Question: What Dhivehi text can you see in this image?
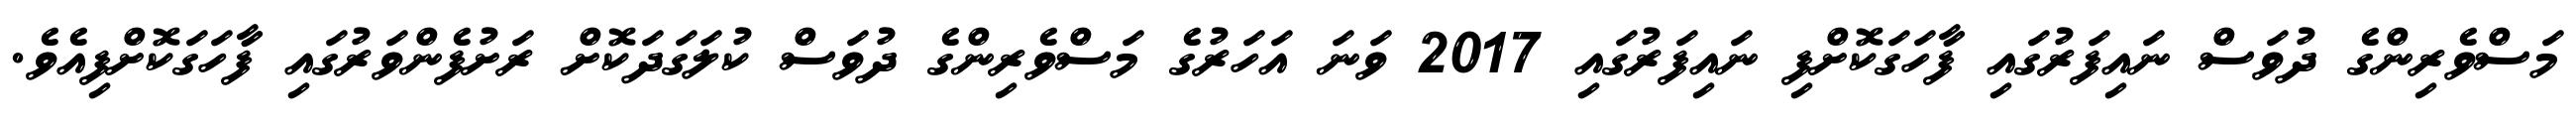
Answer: މަސްވެރިންގެ ދުވަސް ނައިފަރުގައި ފާހަގަކޮށްފި ނައިފަރުގައި 2017 ވަނަ އަހަރުގެ މަސްވެރިންގެ ދުވަސް ކުލަގަދަކޮށް ރަށުފެންވަރުގައި ފާހަގަކޮށްފިއެވެ.